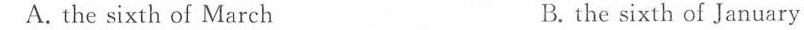
A. the sixth of March B. the sixth of January